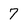
Character: 7